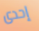
إحدى